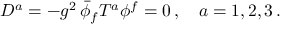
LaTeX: D ^ { a } = - g ^ { 2 } \, \bar { \phi } _ { f } T ^ { a } \phi ^ { f } = 0 \, , \quad a = 1 , 2 , 3 \, .